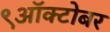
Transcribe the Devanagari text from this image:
९ऑक्टोबर